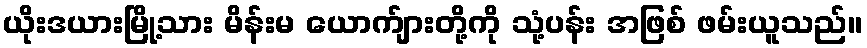
ယိုးဒယားမြို့သား မိန်းမ ယောက်ျားတို့ကို သုံ့ပန်း အဖြစ် ဖမ်းယူသည်။